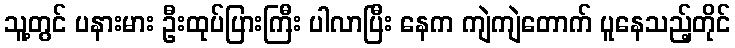
သူ့တွင် ပနားမား ဦးထုပ်ပြားကြီး ပါလာပြီး နေက ကျဲကျဲတောက် ပူနေသည့်တိုင်